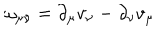
LaTeX: \omega _ { \mu \nu } = \partial _ { \mu } v _ { \nu } - \partial _ { \nu } v _ { \mu }